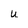
Character: u